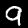
Digit: 9